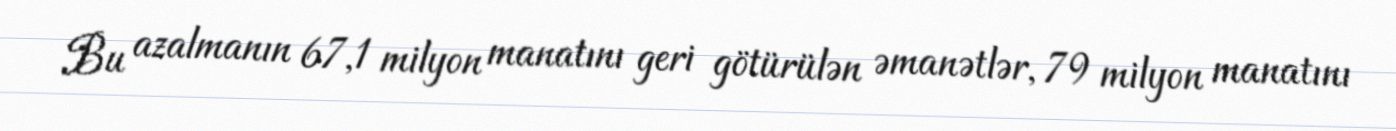
Bu azalmanın 67,1 milyon manatını geri götürülən əmanətlər, 79 milyon manatını